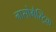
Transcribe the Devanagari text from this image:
नासोगैस्ट्रिक